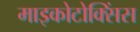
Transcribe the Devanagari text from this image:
माइकोटोक्सिंस